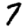
Digit: 7